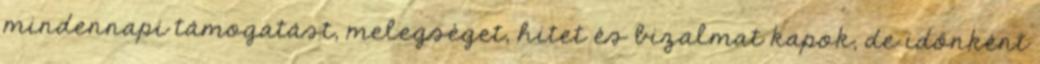
mindennapi támogatást, melegséget, hitet és bizalmat kapok, de időnként